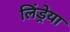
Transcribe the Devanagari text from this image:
लिंड्रेया